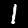
Label: 1